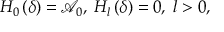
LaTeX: H _ { 0 } \left( \delta \right) = \mathcal { A } _ { 0 } , \; H _ { l } \left( \delta \right) = 0 , \; l > 0 ,